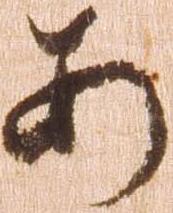
あ